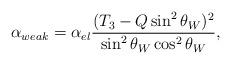
LaTeX: \begin{align*}\alpha_{weak} = \alpha_{el} \frac{(T_3-Q\sin^2 \theta_W)^2}{\sin^2 \theta_W\cos^2\theta_W},\end{align*}